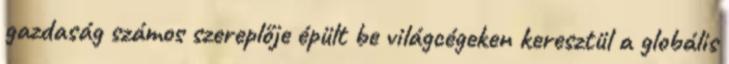
gazdaság számos szereplője épült be világcégeken keresztül a globális